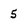
Character: 5